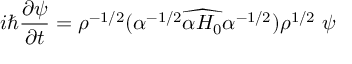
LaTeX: i \hbar \frac { \partial \psi } { \partial t } = { \rho } ^ { - 1 / 2 } ( \alpha ^ { - 1 / 2 } \widehat { \alpha H _ { 0 } } \alpha ^ { - 1 / 2 } ) { \rho } ^ { 1 / 2 } \ \psi